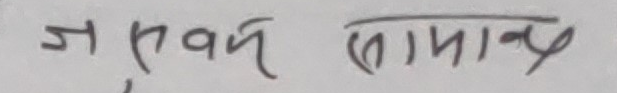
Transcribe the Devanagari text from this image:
जनशक्ति सामान्